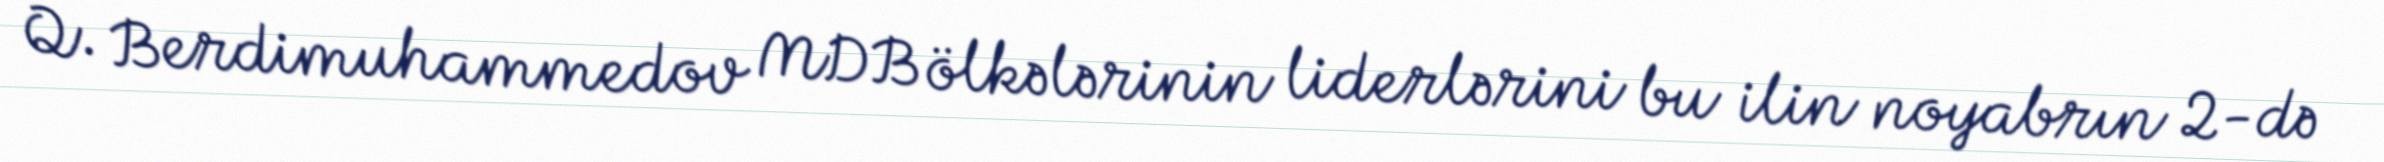
Q. Berdimuhammedov MDB ölkələrinin liderlərini bu ilin noyabrın 2-də